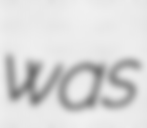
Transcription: was